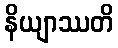
နိယျာဿတိ